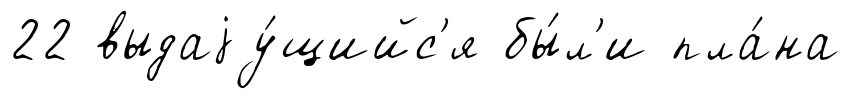
22 выдаjу́щийс'я бы́л'и пла́на